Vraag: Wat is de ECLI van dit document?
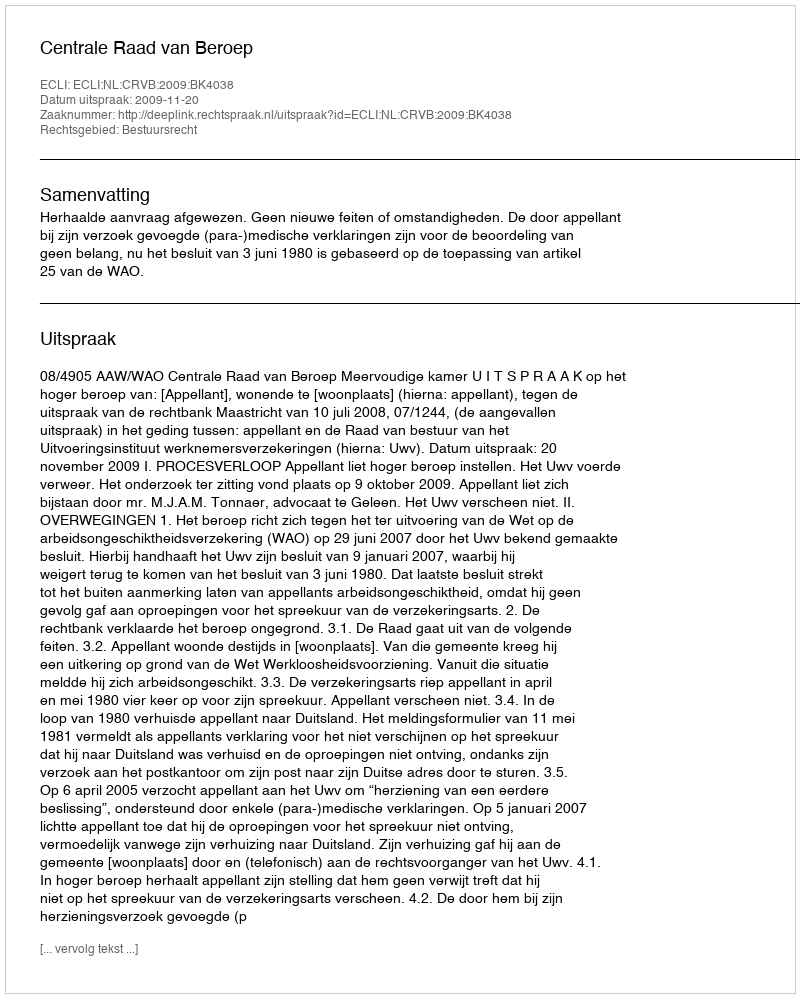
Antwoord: ECLI:NL:CRVB:2009:BK4038